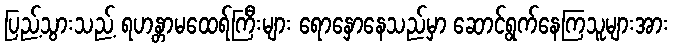
ပြည့်သွားသည့် ရဟန္တာမထေရ်ကြီးများ ရောနှောနေသည်မှာ ဆောင်ရွက်နေကြသူများအား